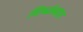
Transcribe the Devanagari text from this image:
विध्वंसात